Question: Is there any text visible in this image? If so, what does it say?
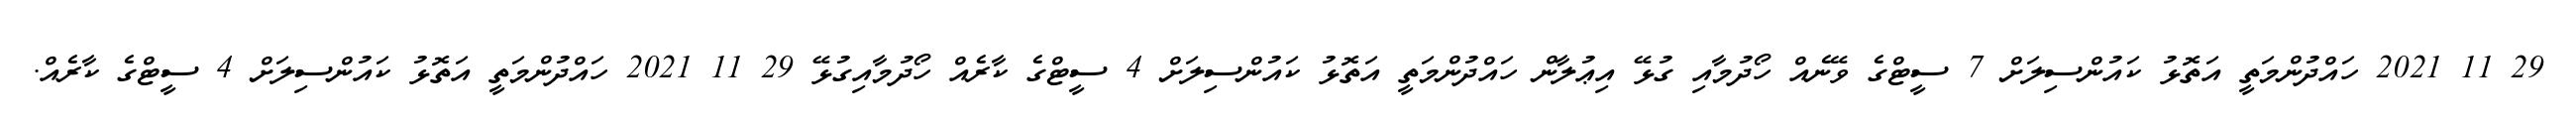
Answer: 29 11 2021 ހައްދުންމަތީ އަތޮޅު ކައުންސިލަށް 7 ސީޓްގެ ވޭނެއް ހޯދުމާއި ގުޅޭ އިޢުލާން ހައްދުންމަތީ އަތޮޅު ކައުންސިލަށް 4 ސީޓްގެ ކާރެއް ހޯދުމާއިގުޅޭ 29 11 2021 ހައްދުންމަތީ އަތޮޅު ކައުންސިލަށް 4 ސީޓްގެ ކާރެއް.